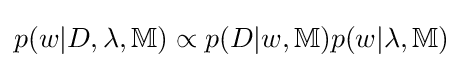
p(w|D,\lambda ,\mathbb {M} )\propto p(D|w,\mathbb {M} )p(w|\lambda ,\mathbb {M} )